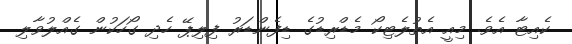
ކެއިޓާ އެވެ. މިއީ އެތުލެޓިކޯ މެޑްރިޑުގެ ޑިފެންޑަރު ފިލިޕޭ ހެދި ގޯހަކުން ގެއްލުވާލި